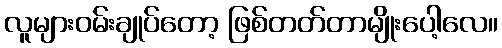
လူများဝမ်းချုပ်တော့ ဖြစ်တတ်တာမျိုးပေါ့လေ။